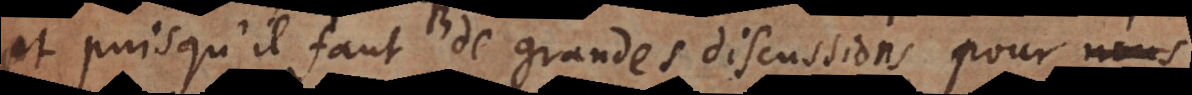
et puisqu’il faut de grandes discussions pour en